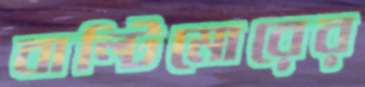
বাল্টিমোরের